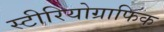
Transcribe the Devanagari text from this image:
स्टीरियोग्राफिक